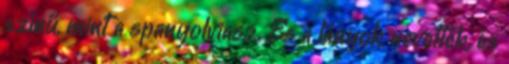
színű, mint a spanyolviasz. És a lányok nevettek, és